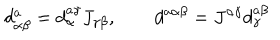
d _ { \alpha \beta } ^ { a } = d _ { \alpha } ^ { a \gamma } J _ { \gamma \beta } , \qquad d ^ { a \alpha \beta } = J ^ { \alpha \gamma } d _ { \gamma } ^ { a \beta }